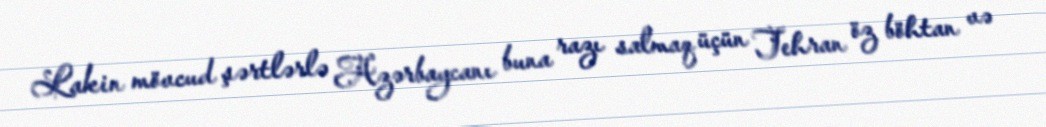
Lakin mövcud şərtlərlə Azərbaycanı buna razı salmaq üçün Tehran öz böhtan və